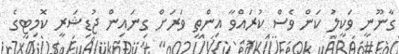
ގާނޫނީ ވަކީލު ކަން ވެސް ކުރައްވާ އިންތި ވަރަށް ގިނައިން ޖުޑިޝަރީ ކޮމިޓީގެ